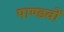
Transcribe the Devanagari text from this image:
पाण्डवाें